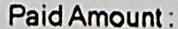
PAID AMOUNT: